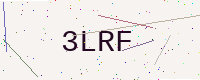
Text: 3LRF